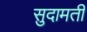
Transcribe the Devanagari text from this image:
सुदामती